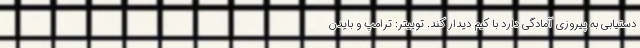
دستیابی به پیروزی آمادگی دارد با کیم دیدار کند. توییتر: ترامپ و بایدن